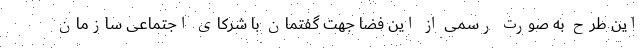
این طرح به صورت رسمی از این فضا جهت گفتمان با شرکای اجتماعی سازمان